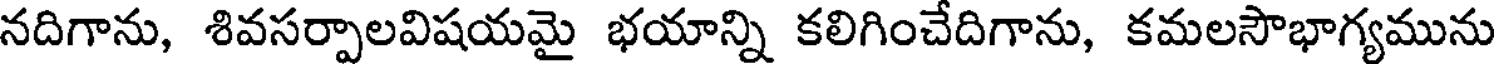
నదిగాను, శివసర్పాలవిషయమై భయాన్ని కలిగించేదిగాను, కమలసౌభాగ్యమును